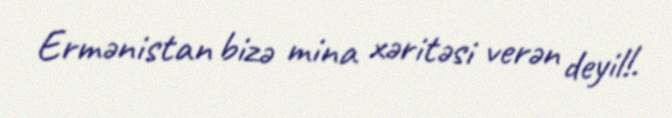
Ermənistan bizə mina xəritəsi verən deyil!.